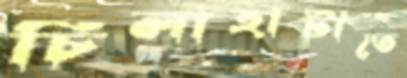
চিলাহাটীতে